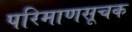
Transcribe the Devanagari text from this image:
परिमाणसूचक